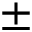
\pm